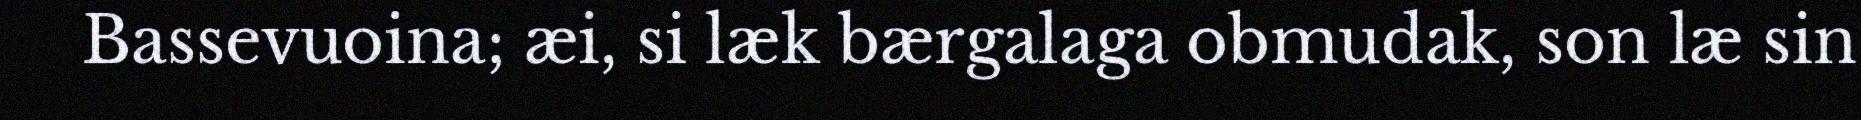
Bassevuoina; æi, si læk bærgalaga obmudak, son læ sin